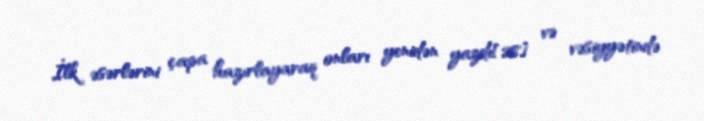
İlk əsərlərini çapa hazırlayaraq onları yenidən yazdı[28] və vəsiyyətində